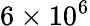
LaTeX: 6\times 10^{6}